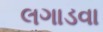
લગાડવા